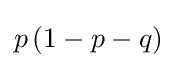
p\,(1-p-q)